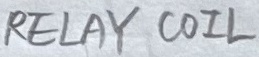
Text: RELAY COIL